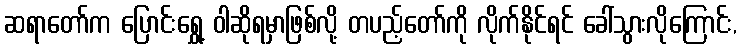
ဆရာတော်က ပြောင်းရွှေ့ ဝါဆိုရမှာဖြစ်လို့ တပည့်တော်ကို လိုက်နိုင်ရင် ခေါ်သွားလိုကြောင်း,